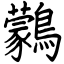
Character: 鸏